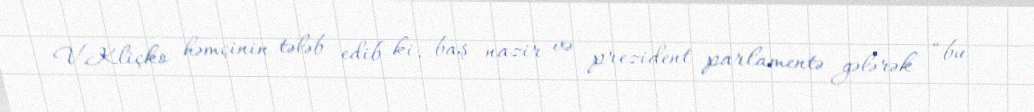
V.Kliçko həmçinin tələb edib ki, baş nazir və prezident parlamentə gələrək “bu